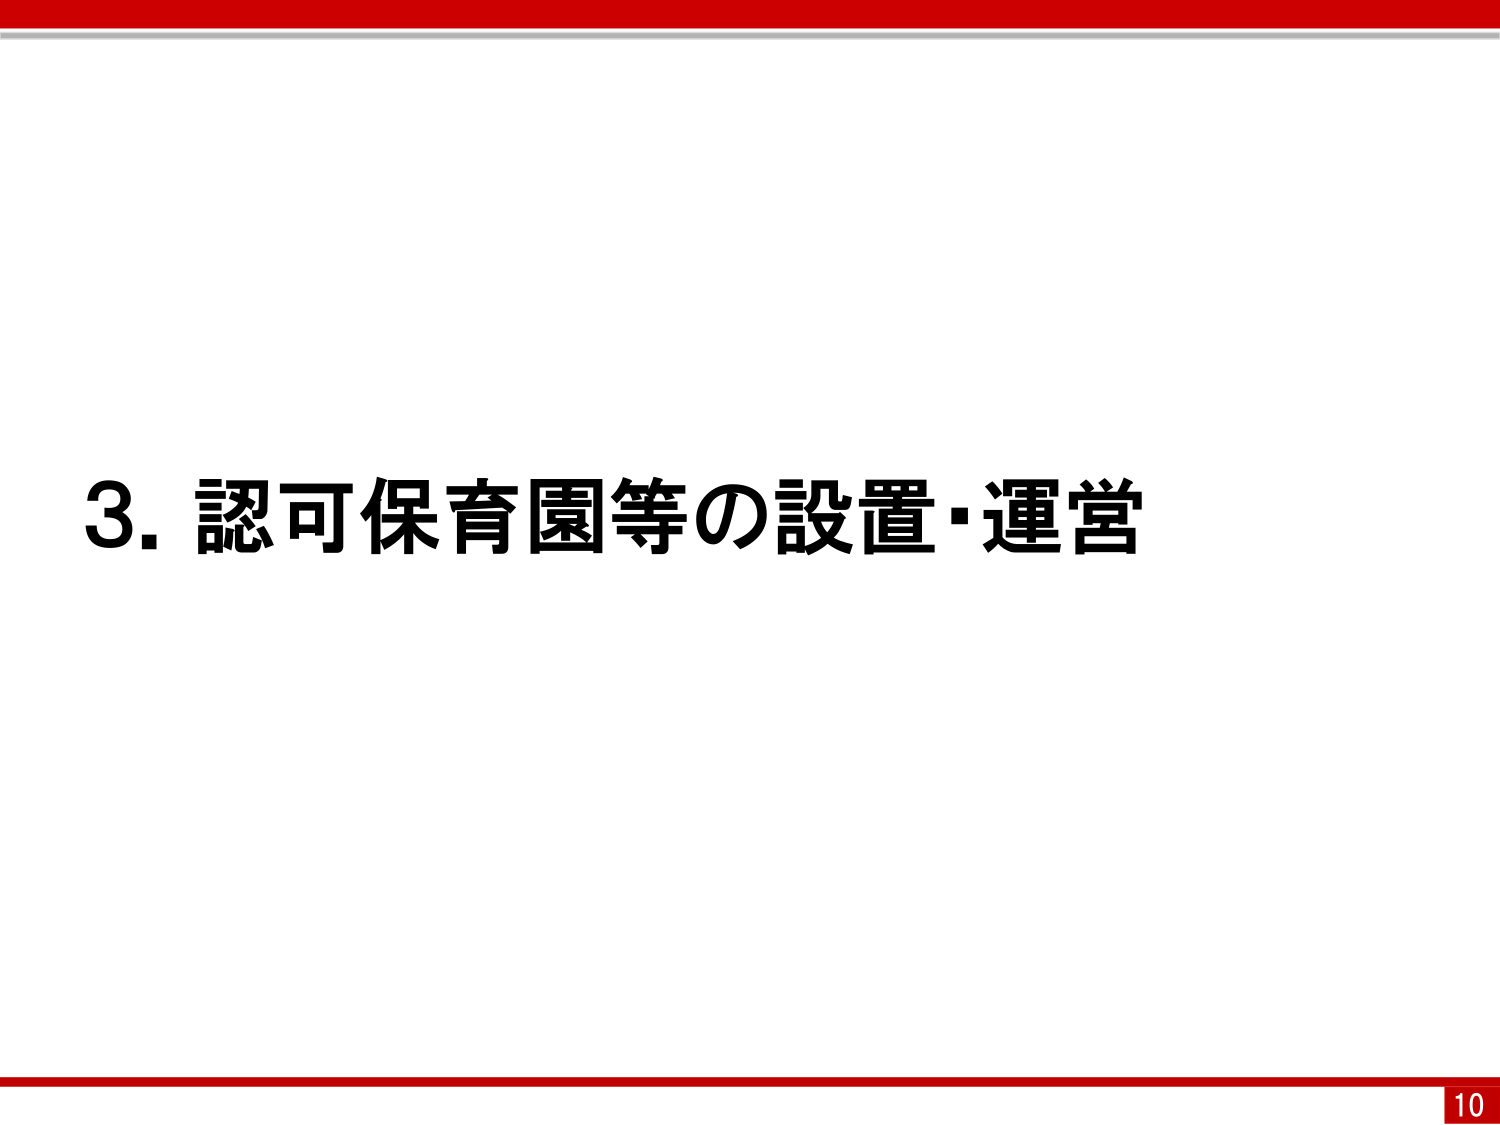
3. 認可保育園等の設置・運営
10